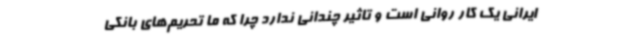
ایرانی یک کار روانی است و تاثیر چندانی ندارد چرا که ما تحریم‌های بانکی